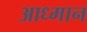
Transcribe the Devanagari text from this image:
आध्मान